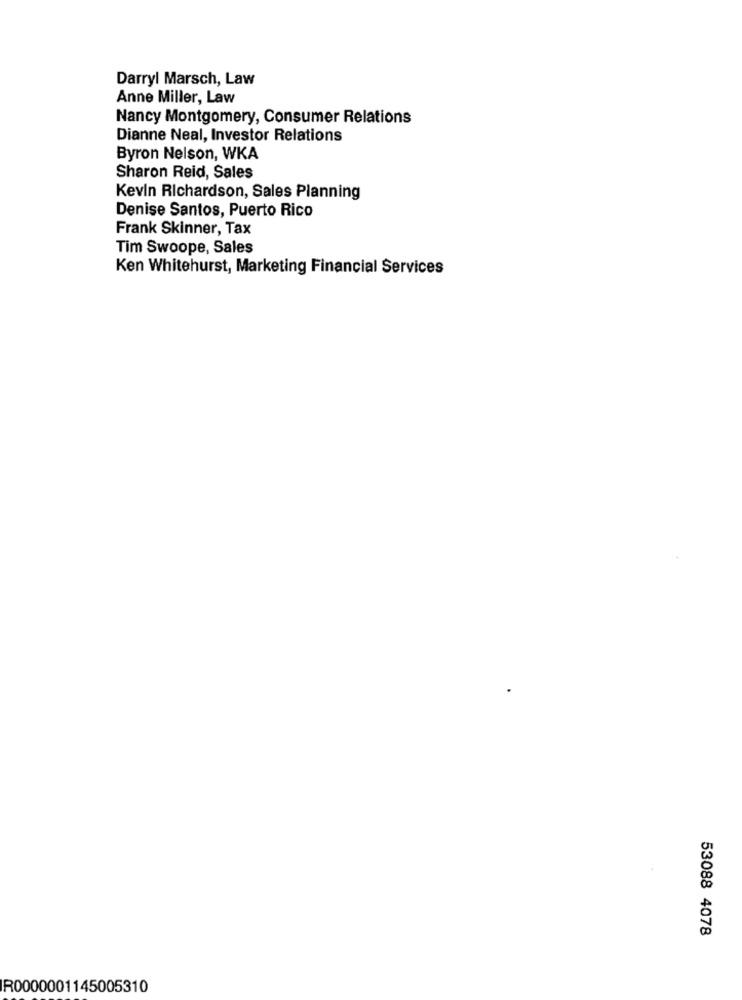
Darryl Marsch, Law
Anne Miller, Law
Nancy Montgomery, Consumer Relations
Dianne Neal, Investor Relations
Byron Nelson, WKA
Sharon Reid, Sales
Kevin Richardson, Sales Planning
Denise Santos, Puerto Rico
Frank Skinner, Tax
Tim Swoope, Sales
Ken Whitehurst, Marketing Financial Services
53088 4078
R0000001145005310